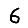
Digit: 6